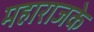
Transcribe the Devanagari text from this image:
महाराजके